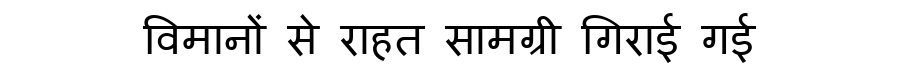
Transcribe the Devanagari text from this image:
विमानों से राहत सामग्री गिराई गई